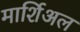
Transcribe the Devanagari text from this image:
मार्शिअल